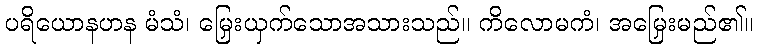
ပရိယောနဟန မံသံ၊ မြှေးယှက်သောအသားသည်။ ကိလောမကံ၊ အမြှေးမည်၏။